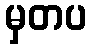
မှတပ